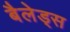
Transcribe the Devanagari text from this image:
बैलेड्स